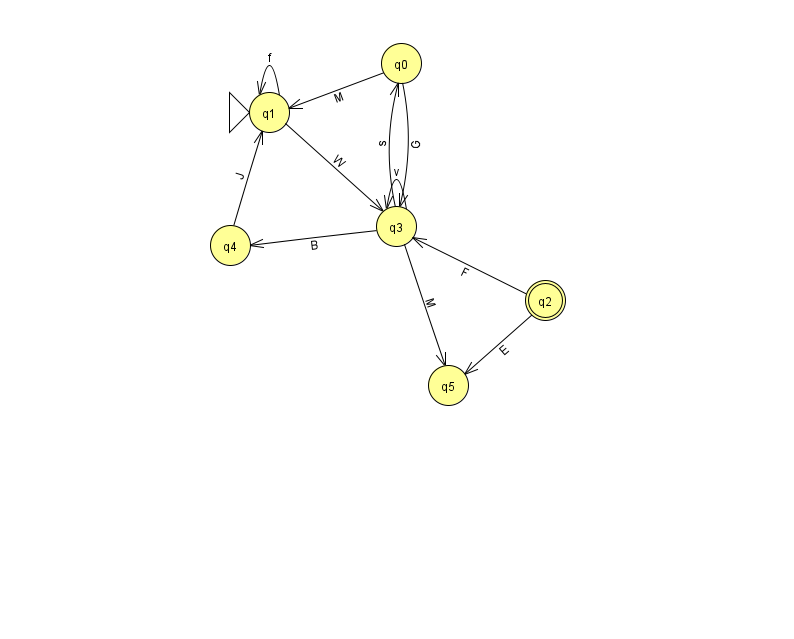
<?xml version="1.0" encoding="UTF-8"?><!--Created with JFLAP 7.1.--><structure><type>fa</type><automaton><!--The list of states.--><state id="0" name="q0"><x>401.0</x><y>50.0</y></state><state id="1" name="q1"><x>269.0</x><y>99.0</y><initial/></state><state id="2" name="q2"><x>545.0</x><y>287.0</y><final/></state><state id="3" name="q3"><x>396.0</x><y>213.0</y></state><state id="4" name="q4"><x>230.0</x><y>232.0</y></state><state id="5" name="q5"><x>448.0</x><y>372.0</y></state><!--The list of transitions.--><transition><from>2</from><to>5</to><read>E</read></transition><transition><from>3</from><to>0</to><read>s</read></transition><transition><from>3</from><to>5</to><read>M</read></transition><transition><from>0</from><to>1</to><read>M</read></transition><transition><from>0</from><to>3</to><read>G</read></transition><transition><from>1</from><to>1</to><read>f</read></transition><transition><from>3</from><to>3</to><read>v</read></transition><transition><from>2</from><to>3</to><read>F</read></transition><transition><from>1</from><to>3</to><read>W</read></transition><transition><from>3</from><to>4</to><read>B</read></transition><transition><from>4</from><to>1</to><read>J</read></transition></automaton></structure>